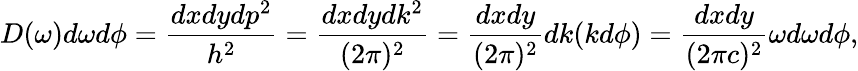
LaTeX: D(\omega)d\omega d\phi=\frac{dxdydp^{2}}{h^{2}}=\frac{dxdydk^{2}}{(2\pi)^{2}}=\frac{dxdy}{(2\pi)^{2}}dk(kd\phi)=\frac{dxdy}{(2\pi c)^{2}}\omega d\omega d\phi{,}